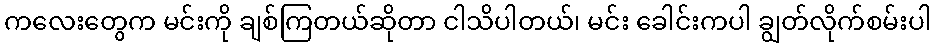
ကလေးတွေက မင်းကို ချစ်ကြတယ်ဆိုတာ ငါသိပါတယ်၊ မင်း ခေါင်းကပါ ချွတ်လိုက်စမ်းပါ